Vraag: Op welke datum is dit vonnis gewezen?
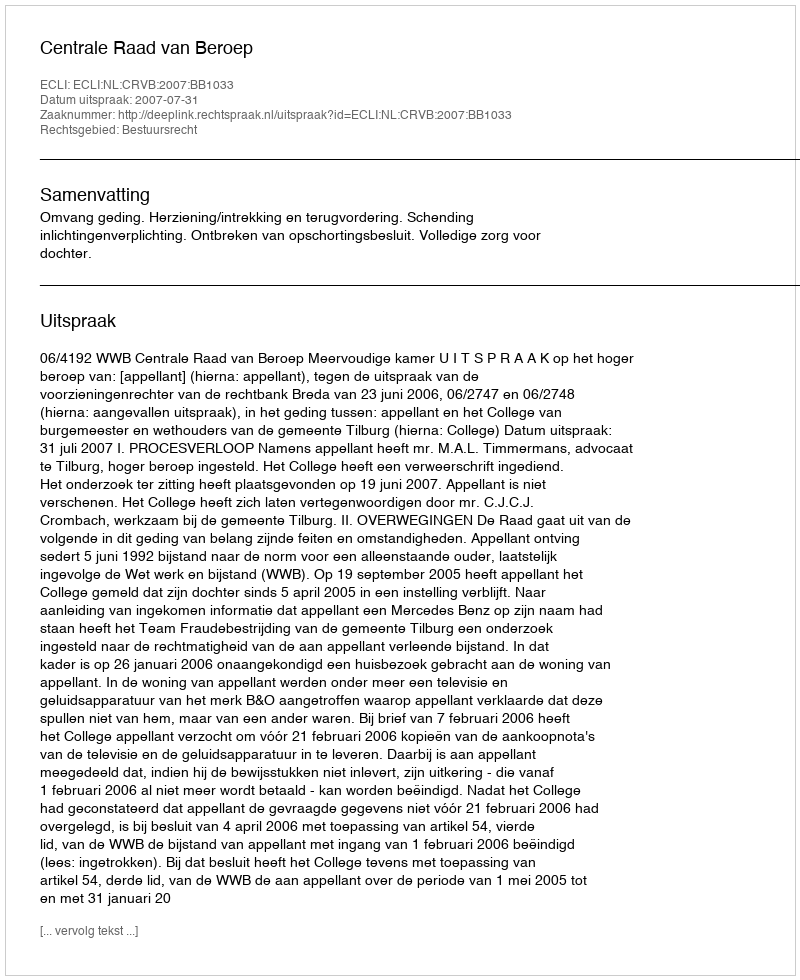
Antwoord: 2007-07-31